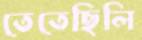
তেতেছিলি